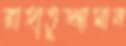
রাহাতুজ্জামান